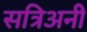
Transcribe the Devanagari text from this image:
सत्रिअनी